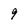
Character: 9